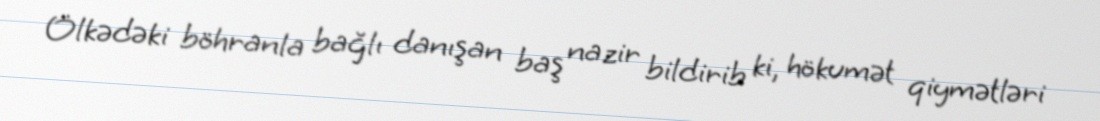
Ölkədəki böhranla bağlı danışan baş nazir bildirib ki, hökumət qiymətləri